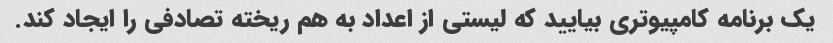
یک برنامه کامپیوتری بیایید که لیستی از اعداد به هم ریخته تصادفی را ایجاد کند.